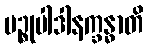
ပဉ္စုပါဒါနက္ခန္ဓာတိ